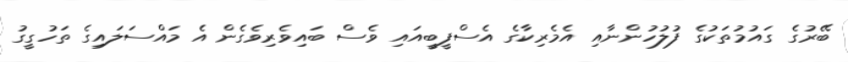
ބޭރުގެ ގައުމުތަކުގެ ފުލުހުންނާއި އެމެރިކާގެ އެސްފީބީއައި ވެސް ބައިވެރިވެގެން އެ މައްސަލައިގެ ތަހުގީގު